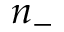
n _ { - }